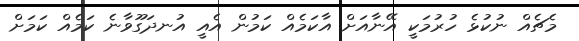
މެޗެއް ނުކުޅެ ހުރުމަކީ އޭނާއަށް އާކަމެއް ކަމުން އެއީ އުނދަގޫވާނެ ކަމެއް ކަމަށް